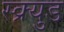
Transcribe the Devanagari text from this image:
स्क्र्युड